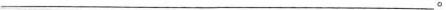
___。